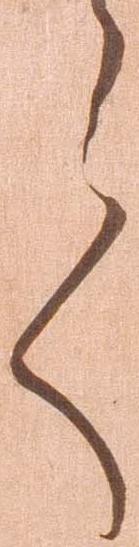
言